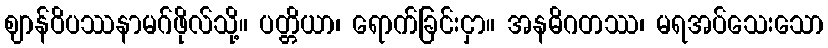
ဈာန်ဝိပဿနာမဂ်ဖိုလ်သို့။ ပတ္တိယာ၊ ရောက်ခြင်းငှာ။ အနဓိဂတဿ၊ မရအပ်သေးသော